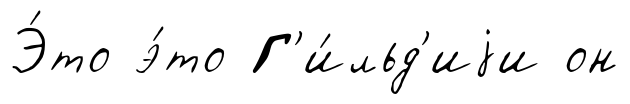
Э́то э́то Г'и́льд'иjи он